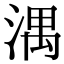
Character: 湡